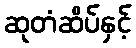
ဆုတံဆိပ်နှင့်